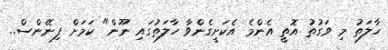
ހާލަތު މި ވަގުތު އޮތީ އެންމެ އެކަށީގެންވާ ހާލަތުގައި ނޫން" ކަމަށް ފިނޭންސް..